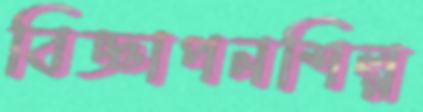
বিজ্ঞাপনশিল্প